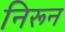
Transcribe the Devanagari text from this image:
निरून